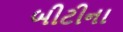
બીટીના